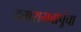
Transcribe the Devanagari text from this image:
दत्तारामबापूंचा